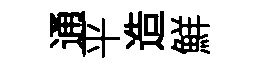
通平造鮮